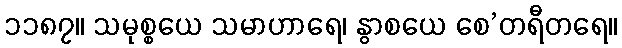
၁၁၈၇။ သမုစ္စယေ သမာဟာရေ၊ နွာစယေ စေ’တရီတရေ။